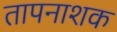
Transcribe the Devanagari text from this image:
तापनाशक